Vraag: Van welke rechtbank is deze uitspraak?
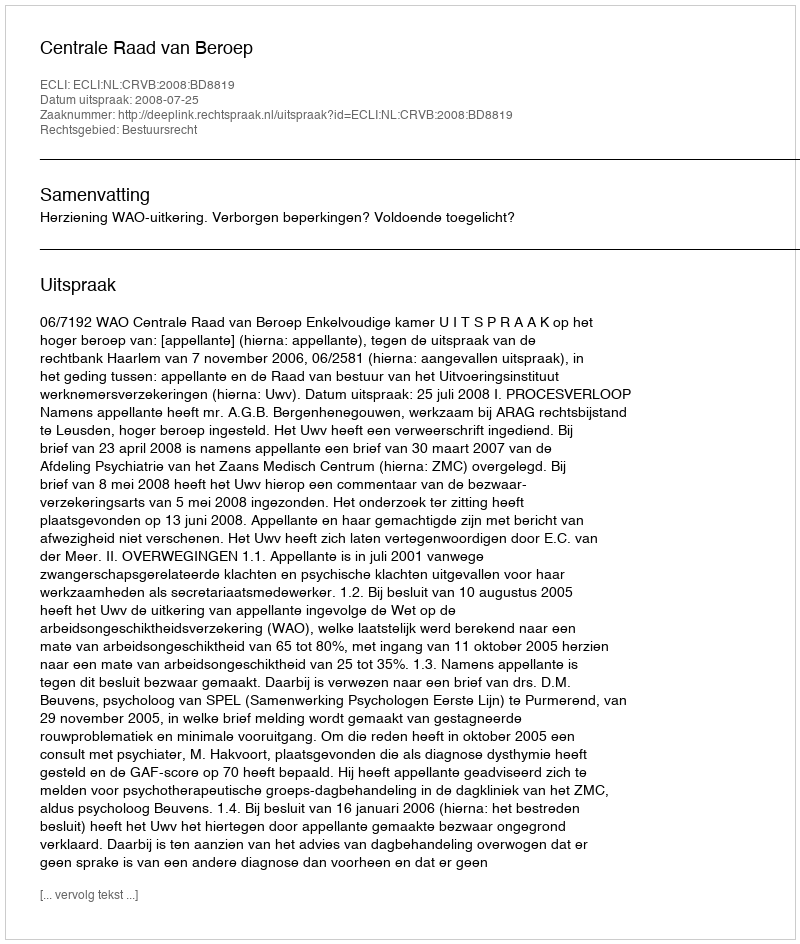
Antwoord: Centrale Raad van Beroep